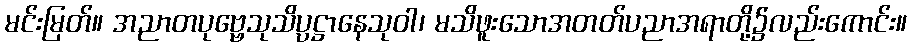
မင်းမြတ်။ အညာတပုဗ္ဗေသုသိပ္ပဋ္ဌာနေသုဝါ၊ မသိဖူးသောအတတ်ပညာအရာတို့၌လည်းကောင်း။